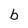
Character: b